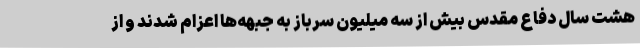
هشت سال دفاع مقدس بیش از سه میلیون سرباز به جبهه‌ها اعزام شدند و از